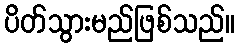
ပိတ်သွားမည်ဖြစ်သည်။